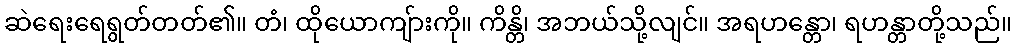
ဆဲရေးရေရွတ်တတ်၏။ တံ၊ ထိုယောကျ်ားကို။ ကိန္တိ၊ အဘယ်သို့လျင်။ အရဟန္တော၊ ရဟန္တာတို့သည်။